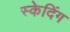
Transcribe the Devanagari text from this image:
स्केदिंग